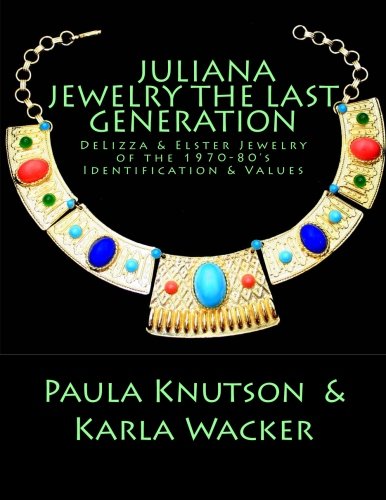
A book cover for Juliana Jewelry - The Last Generation; Paula Knutson; Crafts, Hobbies & Home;